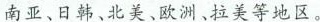
南亚、日韩、北美、欧洲、拉美等地区。